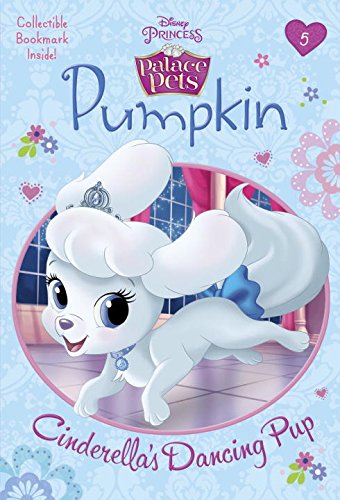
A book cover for Pumpkin: Cinderella's Dancing Pup (Disney Princess: Palace Pets) (Disney Chapters); Tennant Redbank; Children's Books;